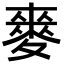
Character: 𮭻